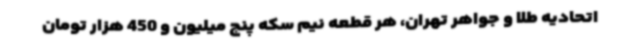
اتحادیه طلا و جواهر تهران، هر قطعه نیم سکه پنج میلیون و 450 هزار تومان